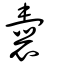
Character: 囊